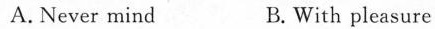
A. Never mind B.With pleasure